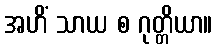
အဟိံ သာယ စ ဂုတ္တိယာ။